system: You are a helpful assistant.
user:
Analyze the provided spectrum to determine if it is a **Carbon Star (C-type)**.

- **Key Visual Indicators of Carbon Star:**
    - **(Primary):** Strong molecular absorption from **C₂ (diatomic carbon) "Swan Bands."** This is the **defining feature** of a carbon star.
        - **(Key Bandheads):** Sharp absorption edges are visible at approximately $5635$ Å, $5165$ Å (the strongest band), and $4737$ Å.
        - **(Line Profile):** Creates a distinct **"saw-tooth"** pattern. The key morphology is a sharp, steep bandhead on the **red (long-wavelength) side**, which then gradually tapers off (i.e., flux recovers) towards the **blue (short-wavelength) side**. *(This is the direct opposite of the TiO bands seen in M-type stars)*.

    - **(Secondary):** Intense **CN (cyanogen)** molecular absorption bands.
        - **(Key Bandheads):** Located in the blue and violet regions of the spectrum (e.g., near $4215$ Å and $3883$ Å).
        - **(Morphology):** These bands are extremely broad and act as a "blanket," absorbing the vast majority of blue and violet light. This creates a characteristic **"cliff"** or **"steep drop-off"** in the spectrum's flux at short wavelengths.

    - **(Key Confirmation):** Strong **CH absorption band (G-band)**.
        - **(Key Bandhead):** Located around $4300$ Å. The contribution from CH molecules to this band is exceptionally strong.

    - **(Overall Spectrum):**
        - The continuum is severely "chopped up" by these deep molecular bands, especially C₂, rather than appearing as a smooth curve.
        - Due to the heavy CN and C₂ absorption in the blue-green, the vast majority of the star's flux is concentrated in the red part of the spectrum, giving the star its characteristic deep red color.

Think first, call **spectral_visualization_tool** if needed to examine features in detail, then provide your final answer. Your response must adhere to the following strict rules:
1.  **Overall Structure:** Your response must follow the format `<think>...</think> <tool_call>...</tool_call> (if a tool is used) <answer>...</answer>`.
2.  **Tool Usage Constraint:** You may only make **one** tool call per turn.
3.  **Final Answer Format:** In the `<answer>` tag, your conclusion must be inside a `\boxed{}` command (e.g., `\boxed{YES}`), followed by your justification.

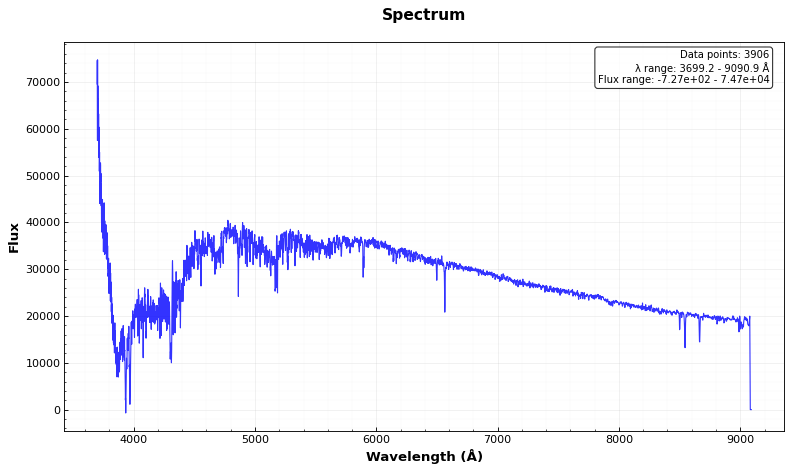
Answer: YES